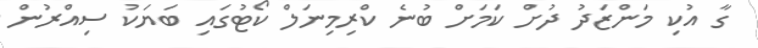
ގާ އުކި މަންޒަދު ދުށް ކަމަށް ބުނެ ކްރިމިނަލް ކޯޓުގައި ބަޔަކު ސިއްރުން